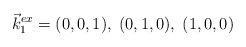
\begin{align*}\vec {k}_1^{ex}= (0,0,1), \; (0,1,0), \; (1,0,0)\end{align*}